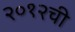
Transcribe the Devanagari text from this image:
२०१२ची